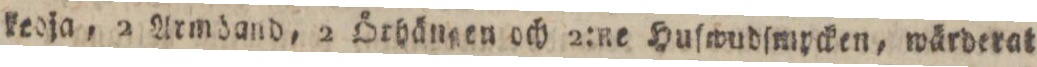
kedja, 2 Armdand, 2 Örhängen och 2:ne Huſwudſmycken, wärderat